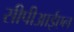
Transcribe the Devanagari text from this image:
सीपीआईएल